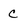
Character: c